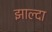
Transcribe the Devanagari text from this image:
झाल्दा